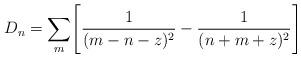
LaTeX: \begin{align*}D_n = \sum _m \Biggl [{1 \over (m - n - z)^2 } - { 1 \over (n +m + z )^2} \Biggr ]\end{align*}